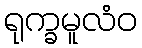
ရုက္ခမူလံဝ